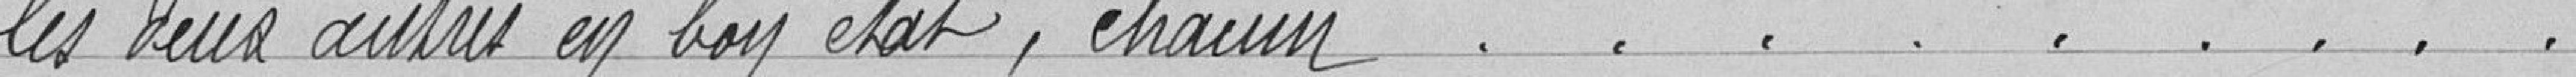
les deux autres en bon état, chacun.......